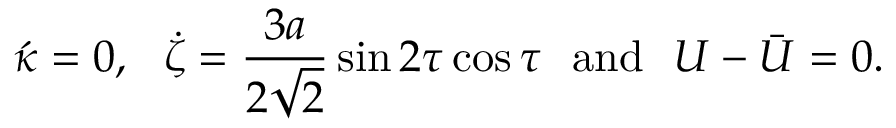
\acute { \kappa } = 0 , \, \, \, \, \dot { \zeta } = \frac { 3 a } { 2 \sqrt { 2 } } \sin 2 \tau \cos \tau \, \, \, \, \mathrm { a n d } \, \, \, \, U - \bar { U } = 0 .